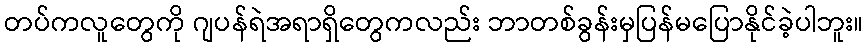
တပ်ကလူတွေကို ဂျပန်ရဲအရာရှိတွေကလည်း ဘာတစ်ခွန်းမှပြန်မပြောနိုင်ခဲ့ပါဘူး။